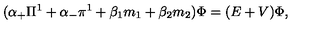
( { \alpha } _ { + } { \Pi } ^ { 1 } + { \alpha } _ { - } { \pi } ^ { 1 } + { \beta } _ { 1 } m _ { 1 } + { \beta } _ { 2 } m _ { 2 } ) { \Phi } = ( E + V ) { \Phi } ,